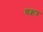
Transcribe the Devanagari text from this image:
चक्षत्र